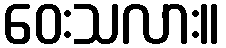
ဝေးသလား။